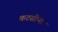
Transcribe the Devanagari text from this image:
कटसीन्स